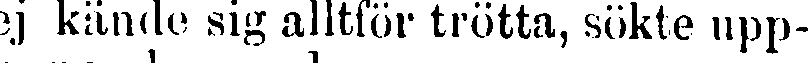
ej kände sig alltför trötta, sökte upp-